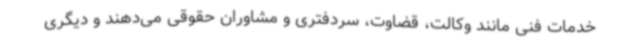
خدمات فنی مانند وکالت، قضاوت، سردفتری و مشاوران حقوقی می‌دهند و دیگری